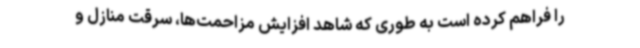
را فراهم کرده است به طوری که شاهد افزایش مزاحمت‌ها، سرقت منازل و